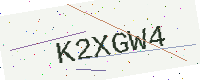
Text: K2XGW4